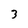
Character: 3